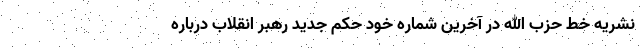
نشریه خط حزب الله در آخرین شماره خود حکم جدید رهبر انقلاب درباره